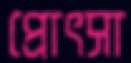
প্রোৎসা